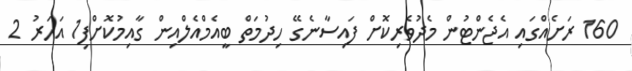
160 ރަށެއްގައި އެޖެންޓުން މެދުވެރިކޮށް ފައިސާނެގޭ ހިދުމަތް ބީއެމްއެލްއިން ގާއިމުކޮށްފި1 އަހަރު 2